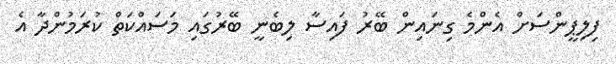
ފިލިޕީންސަށް އެންމެ ގިނައިން ބޭރު ފައިސާ ލިބެނީ ބޭރުގައި މަސައްކަތް ކުރަމުންދާ އެ